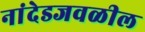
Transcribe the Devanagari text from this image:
नांदेडजवळील